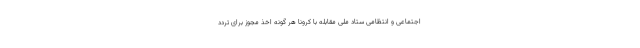
اجتماعی و انتظامی ستاد ملی مقابله با کرونا هر گونه اخذ مجوز برای تردد